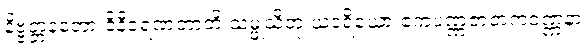
နိဗ္ဗတ္တနတော ဝိနီဝရဏတာတိ သမ္ဖုသိတုံ ယဒရိယော ဧကပဏ္ဏဇာတကဝဏ္ဏနာ